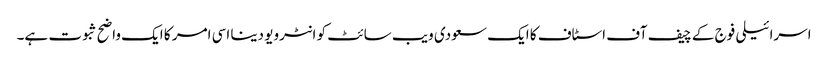
اسرائیلی فوج کے چیف آف اسٹاف کا ایک سعودی ویب سائٹ کو انٹرویو دینا اسی امر کا ایک واضح ثبوت ہے۔